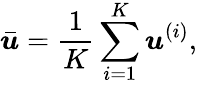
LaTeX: \bar{\boldsymbol{u}}=\frac{1}{K}\sum_{i=1}^{K}\boldsymbol{u}^{(i)},